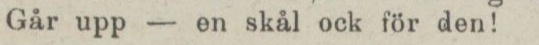
Går upp — en skål ock för den!